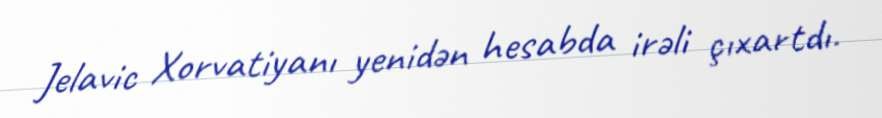
Jelavic Xorvatiyanı yenidən hesabda irəli çıxartdı.